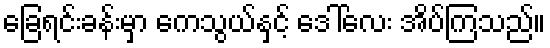
ခြေရင်းခန်းမှာ ကေသွယ်နှင့် ဒေါ်လေး အိပ်ကြသည်။